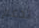
تدعم